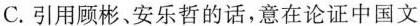
C.引用顾彬、安乐哲的话,意在论证中国文